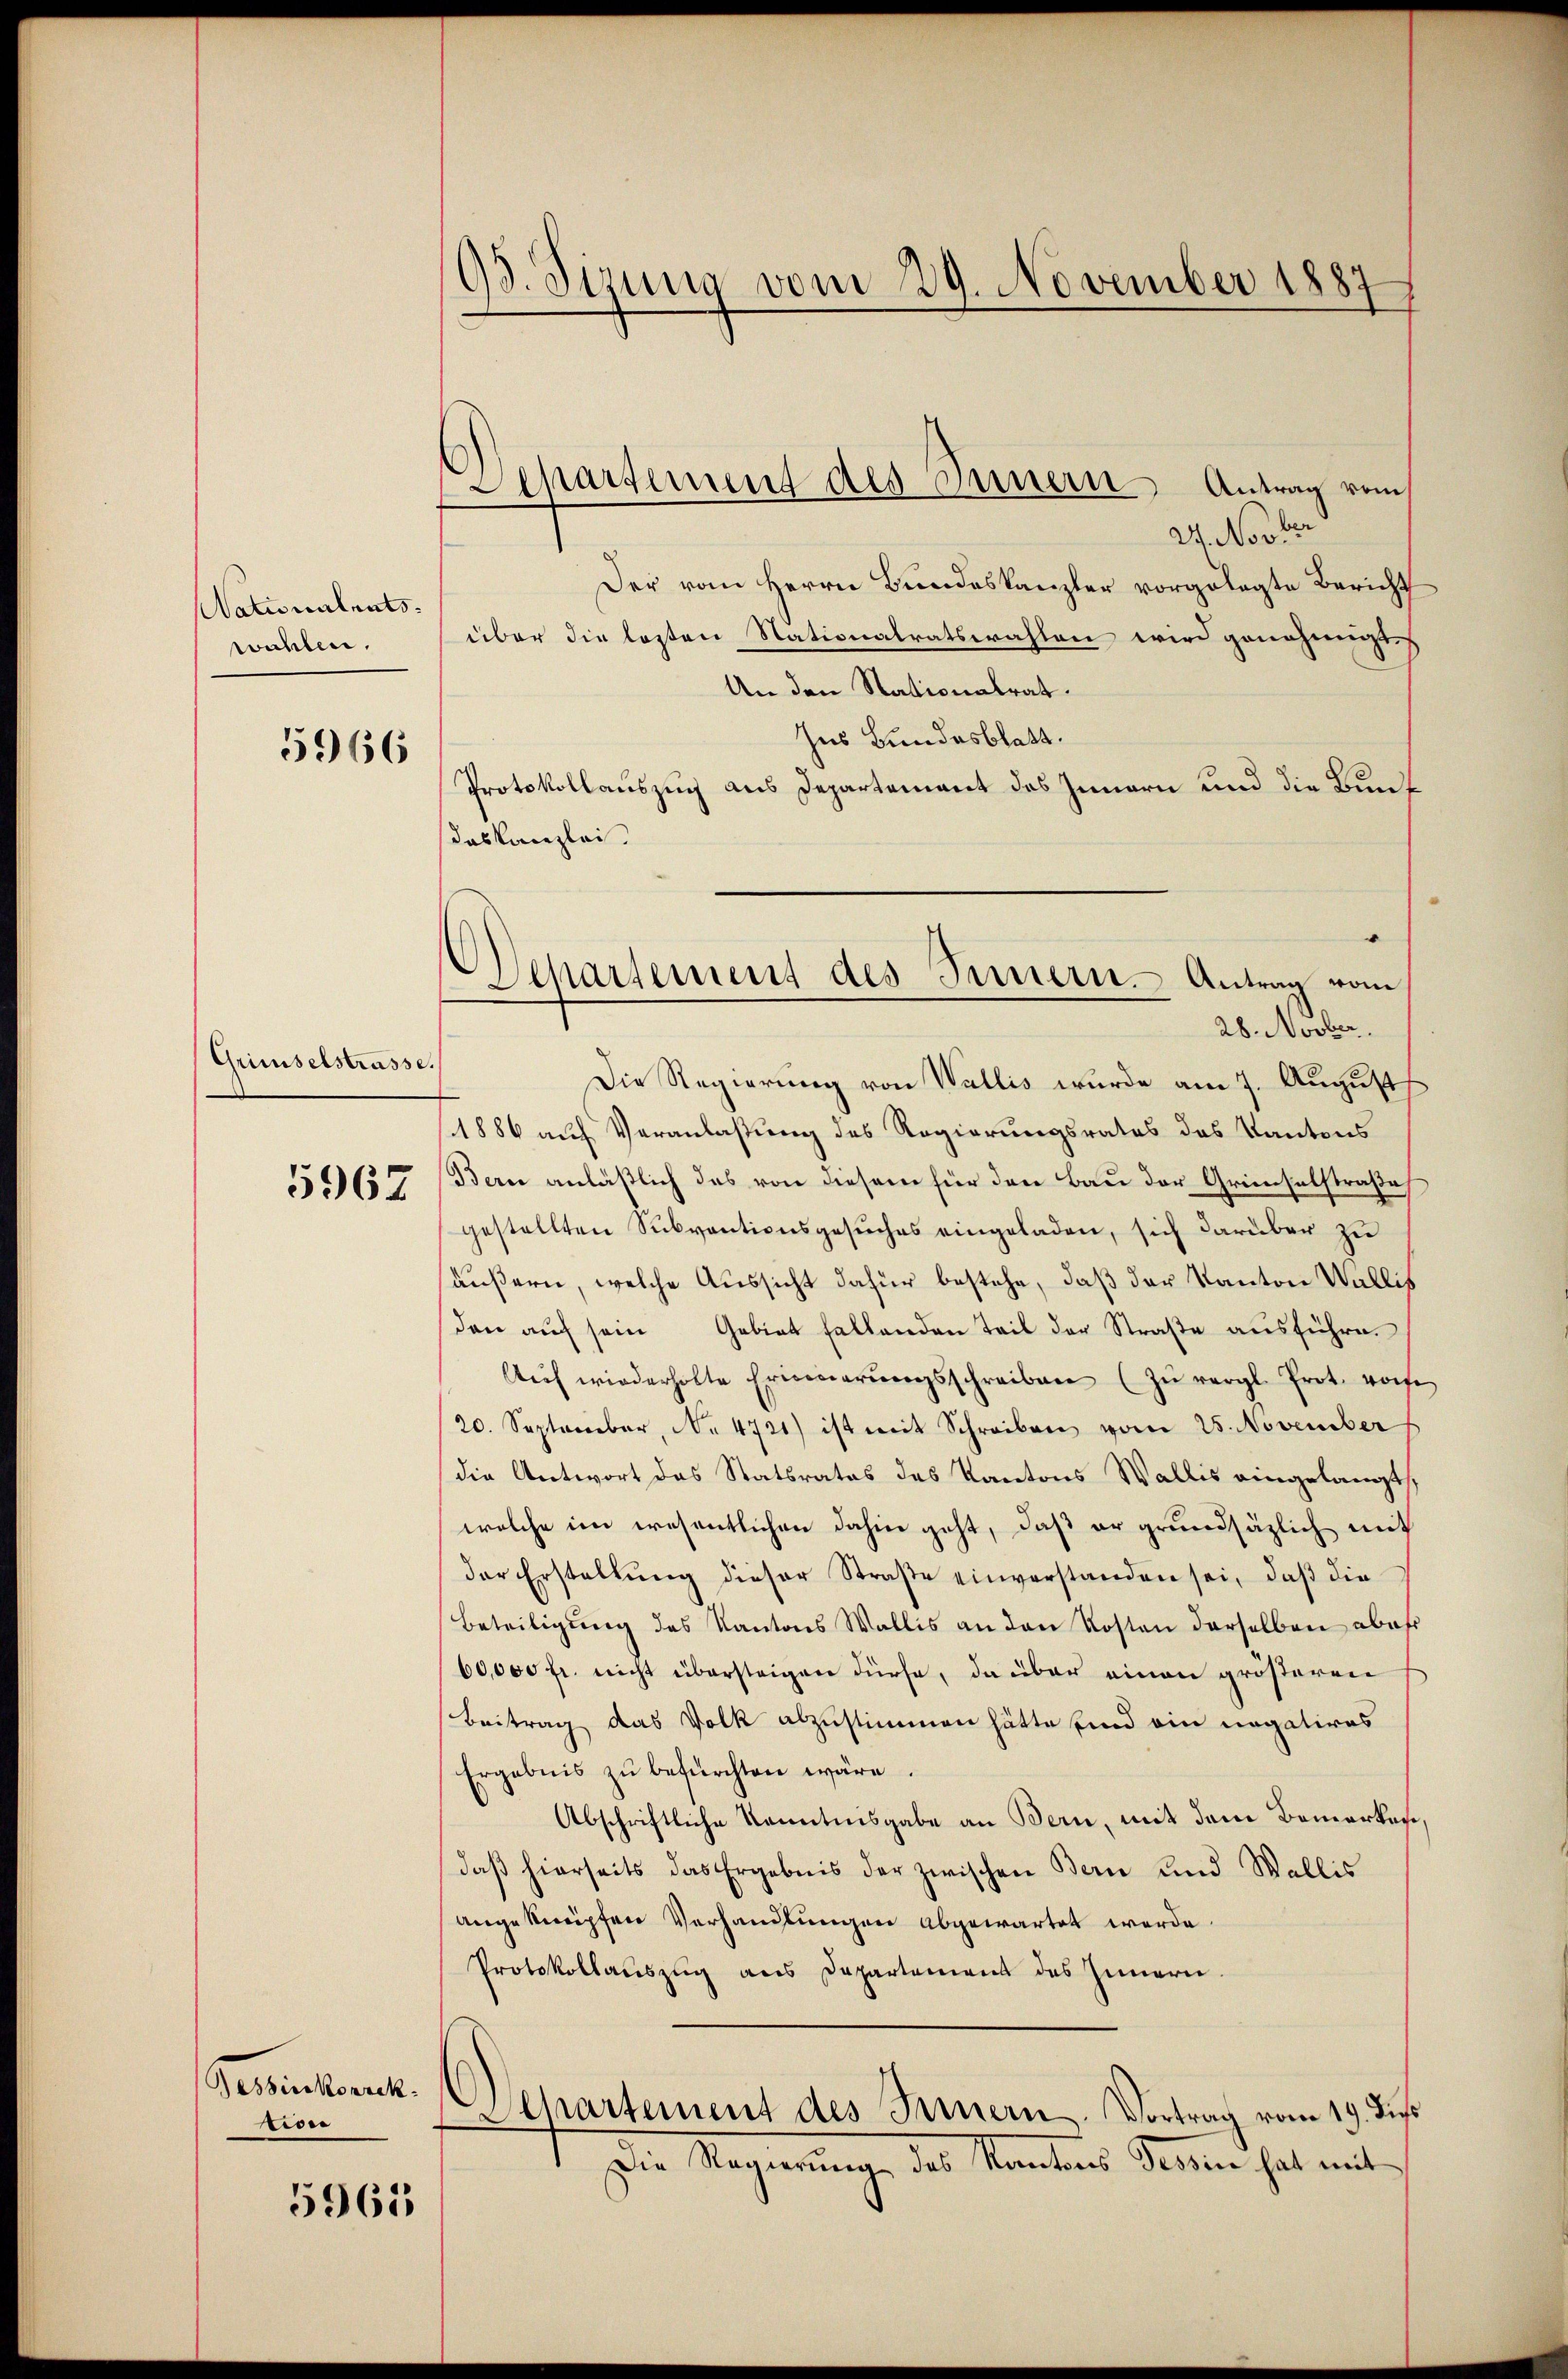
Nationalents.
wahlen.

5966

Gründelstrasse.

5967

Gesserskorrek
tise

5965

93. Sizung vom 29. November 1887

Separtement des Innern Antrag vom

Wehartement des Innern. Antrag vom
28. Novber.

24. No 362
Der vom Herrn Bundeskanzler vorgelegte Bericht
über die losten Nationalratswahlen wird genehmigt
An den Stationalrat.
Ins Bundesblatt.
Protokollauszug aus Departement des Innern und die Bunde
das Kanzlei.
Die Regierung von Wallis wurde am 7. August
1886 auf Veranlaßung des Regierungsrates des Kantons
Berne anläßlich das von diesem für den Bau der Grieselstraße
gestellten Subventionsgesŭches eingeladen, sich darüber zu
äußern, welche Aussicht dafür bestehe, daß der Kanton Wallis
den auch sein Gebiet fallenden Teil der Straße ausführe.
Aŭf wiederholte Erinnerŭngsschreiben (zŭ vergl. Prot. vorhe
20. September, No. 4721) ist mit Schreiben vom 25. November
die Antwort das Statsrates des Kantons Wallis eingelangt,
welche im wesentlichen dahin geht, daβ er grundsätzlich mit
der Erstellung dieser Straße einverstanden sei, daß die
Beteiligung des Kantons Wallis an den Kosten derselben aber
60,000 fr. nicht übersteigen dürfe, da über einen größeren
Beitrag das Volk abzustimmen hätte sind ein negatives
Ergebnis zu befürchten wäre.
Abschriftliche Kenntnisgabe an Bern, mit dem Bemerken
daß hierseits das Ergebnis der zwischen Bern und Wallis
angeknüpfen Verhandlungen abgewartet werde.
Protokollauszug aus Departement des Innern.
d
Departement des Innern. Vortrag vom 19. Jus
Die Regierung, des Kantons Stimme hat mit